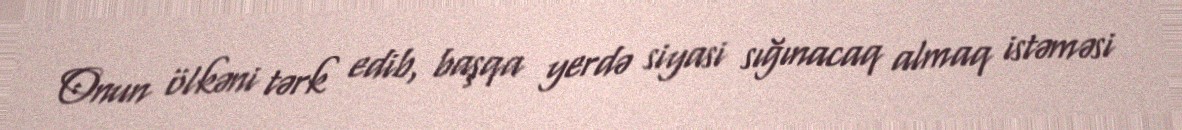
Onun ölkəni tərk edib, başqa yerdə siyasi sığınacaq almaq istəməsi